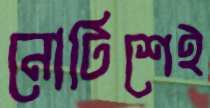
নোটিশেই